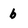
Character: b